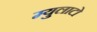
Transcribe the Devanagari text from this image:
म्युलाटो